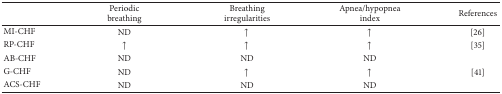
<table><thead><tr><td><b> </b></td><td><b>Periodic breathing</b></td><td><b>Breathingirregularities</b></td><td><b>Apnea/hypopneaindex</b></td><td><b>References</b></td></tr></thead><tbody><tr><td>MI-CHF </td><td>ND</td><td>↑</td><td>↑</td><td>[26] </td></tr><tr><td>RP-CHF </td><td>↑</td><td>↑</td><td>↑</td><td>[35]</td></tr><tr><td>AB-CHF </td><td>ND</td><td>ND</td><td>ND</td><td> </td></tr><tr><td>G-CHF</td><td>ND</td><td>↑</td><td>↑</td><td>[41]</td></tr><tr><td>ACS-CHF </td><td>ND</td><td>ND</td><td>ND</td><td> </td></tr></tbody></table>